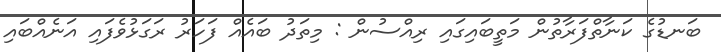
ބަނޑުގެ ކަނާތްފަރާތުން މަތީބައިގައި ރިއްސުން : މިތަދު ބައެއް ފަހަރު ރަގަޅުވެފައި އަނެއްބައި